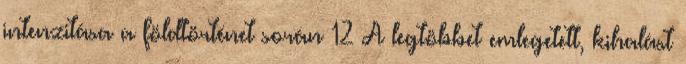
intenzitása a földtörténet során 12 A legtöbbet emlegetett, kihalást